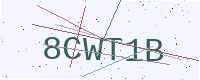
Text: 8CWT1B